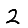
Digit: 2